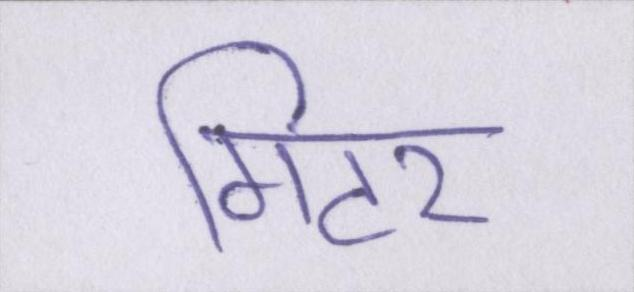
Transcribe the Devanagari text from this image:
गिटर